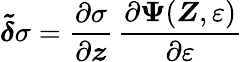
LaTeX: \boldsymbol{\tilde{\delta}}\sigma=\frac{\partial\sigma}{\partial\boldsymbol z}\, \frac{\partial\boldsymbol{\Psi}(\boldsymbol{Z},\varepsilon)}{\partial\varepsilon}